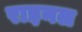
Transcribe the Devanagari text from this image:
राइनल